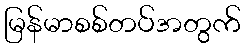
မြန်မာစစ်တပ်အတွက်